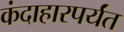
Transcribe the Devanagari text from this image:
कंदाहारपर्यंत